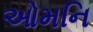
ઓમનિ